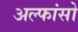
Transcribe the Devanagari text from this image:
अल्फांसो